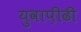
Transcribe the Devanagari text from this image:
युवाप़ीढी